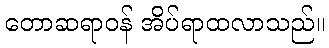
တောဆရာဝန် အိပ်ရာထလာသည်။